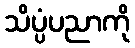
သိပ္ပံပညာကို